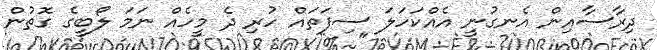
ދިރާސާއިން އެނގުނީ އެއްކަހަލަ ސިފަތައް ހުރި ދެ މީހެއް ނަމަ ލޯބީގެ ގޮތުން